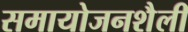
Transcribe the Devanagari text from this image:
समायोजनशैली